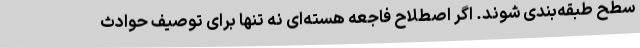
سطح طبقه‌بندی شوند. اگر اصطلاح فاجعه هسته‌ای نه تنها برای توصیف حوادث